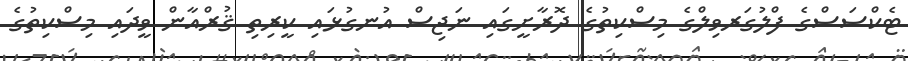
ޓެކްސަސްގެ ފްލުގަރވިލްގެ މިސްކިތުގެ ދޮރާށީގައި ނަޖިސް އުނގުޅައި ކީރިތި ޤުރްއާން ވީދައި މިސްކިތުގެ